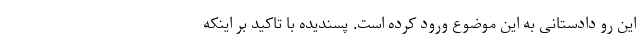
این رو دادستانی به این موضوع ورود کرده است. پسندیده با تاکید بر اینکه